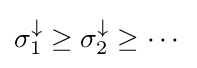
\sigma _{1}^{\downarrow }\geq \sigma _{2}^{\downarrow }\geq \cdots